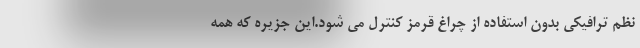
نظم ترافیکی بدون استفاده از چراغ قرمز کنترل می شود.این جزیره که همه